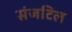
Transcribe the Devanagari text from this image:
संजटिल